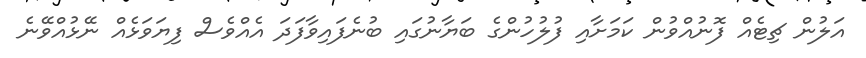
އަލުން ޗިޓެއް ފޮނުއްވުން ކަމަށާއި ފުލުހުންގެ ބަޔާނުގައި ބުނެފައިވާފަދަ އެއްވެސް ފިޔަވަޅެއް ނޭޅުއްވޭނެ